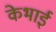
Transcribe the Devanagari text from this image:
केभाई